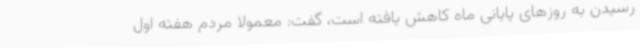
رسیدن به روزهای پایانی ماه کاهش یافته است، گفت: معمولا مردم هفته اول